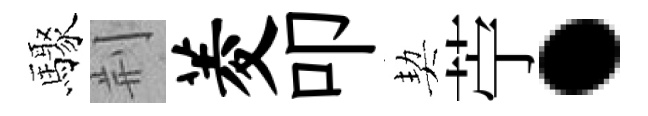
驟荆菱叩契苧·